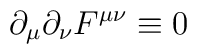
\partial _{\mu }\partial _{\nu }F^{\mu \nu }\equiv 0